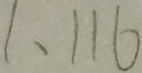
1 、 1 1 6